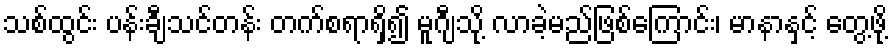
သစ်ထွင်း ပန်းချီသင်တန်း တက်စရာရှိ၍ မူဂျီသို့ လာခဲ့မည်ဖြစ်ကြောင်း၊ မာနာနှင့် တွေ့ဖို့